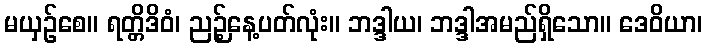
မယှဉ်စေ။ ရတ္တိဒိဝံ၊ ညဉ့်နေ့ပတ်လုံး။ ဘဒ္ဒါယ၊ ဘဒ္ဒါအမည်ရှိသော။ ဒေဝိယာ၊